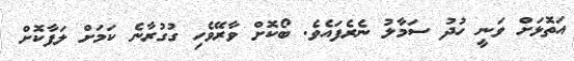
އަތޮޅަށް ވަނީ ހުދު ސަމާލު ނެރެފައެވެ. ބޯކޮށް ވާރޭވެހި ގުގުރާނެ ކަމަށް ލަފާކޮށް